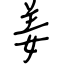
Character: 姜